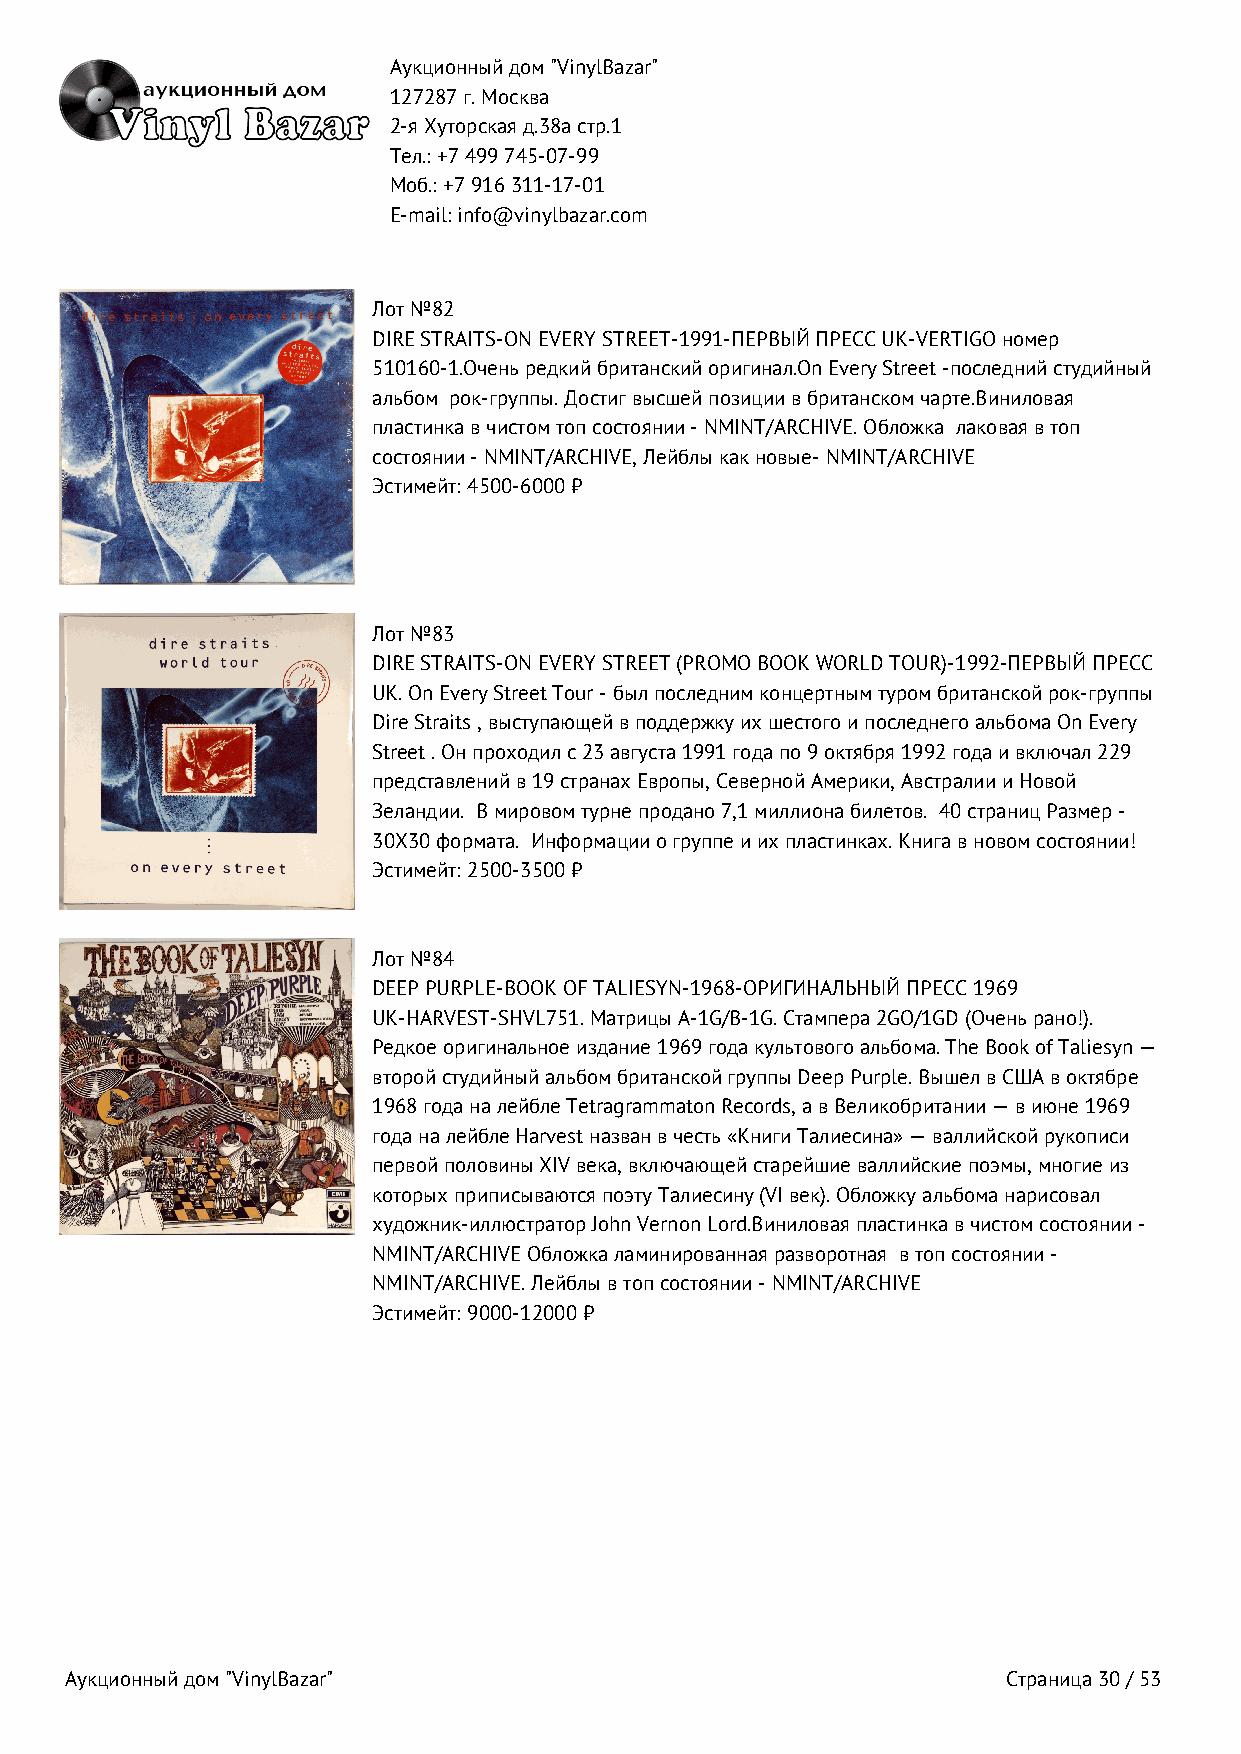
Аукционный дом "VinylBazar"
 127287 г. Москва
 2-я Хуторская д.38а стр.1
 Тел.: +7 499 745‑07‑99
 Моб.: +7 916 311‑17‑01
 E-mail: info@vinylbazar.com
 Лот №82
 DIRE STRAITS-ON EVERY STREET-1991-ПЕРВЫЙ ПРЕСС UK-VERTIGO номер
 510160-1.Очень редкий британский оригинал.On Every Street -последний студийный
 альбом рок-группы. Достиг высшей позиции в британском чарте.Виниловая
 пластинка в чистом топ состоянии - NMINT/ARCHIVE. Обложка лаковая в топ
 состоянии - NMINT/ARCHIVE, Лейблы как новые- NMINT/ARCHIVE
 Эстимейт: 4500-6000 ₽
 Лот №83
 DIRE STRAITS-ON EVERY STREET (PROMO BOOK WORLD TOUR)-1992-ПЕРВЫЙ ПРЕСС
 UK. On Every Street Tour - был последним концертным туром британской рок-группы
 Dire Straits , выступающей в поддержку их шестого и последнего альбома On Every
 Street . Он проходил с 23 августа 1991 года по 9 октября 1992 года и включал 229
 представлений в 19 странах Европы, Северной Америки, Австралии и Новой
 Зеландии. В мировом турне продано 7,1 миллиона билетов. 40 страниц Размер -
 30X30 формата. Информации о группе и их пластинках. Книга в новом состоянии!
 Эстимейт: 2500-3500 ₽
 Лот №84
 DEEP PURPLE-BOOK OF TALIESYN-1968-ОРИГИНАЛЬНЫЙ ПРЕСС 1969
 UK-HARVEST-SHVL751. Матрицы A-1G/B-1G. Стампера 2GO/1GD (Очень рано!).
 Редкое оригинальное издание 1969 года культового альбома. The Book of Taliesyn —
 второй студийный альбом британской группы Deep Purple. Вышел в США в октябре
 1968 года на лейбле Tetragrammaton Records, а в Великобритании — в июне 1969
 года на лейбле Harvest назван в честь «Книги Талиесина» — валлийской рукописи
 первой половины XIV века, включающей старейшие валлийские поэмы, многие из
 которых приписываются поэту Талиесину (VI век). Обложку альбома нарисовал
 художник-иллюстратор John Vernon Lord.Виниловая пластинка в чистом состоянии -
 NMINT/ARCHIVE Обложка ламинированная разворотная в топ состоянии -
 NMINT/ARCHIVE. Лейблы в топ состоянии - NMINT/ARCHIVE
 Эстимейт: 9000-12000 ₽
 Аукционный дом "VinylBazar"                                    Страница 30 / 53